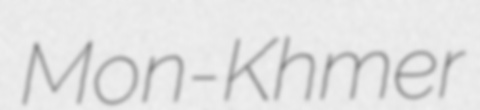
Mon-Khmer